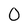
Character: 0